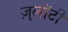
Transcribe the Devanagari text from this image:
ज़्लॉटी